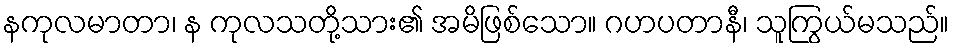
နကုလမာတာ၊ န ကုလသတို့သား၏ အမိဖြစ်သော။ ဂဟပတာနီ၊ သူကြွယ်မသည်။